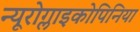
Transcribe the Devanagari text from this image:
न्यूरोग्लाइकोपिनिया